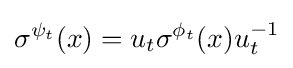
\sigma ^{\psi _{t}}(x)=u_{t}\sigma ^{\phi _{t}}(x)u_{t}^{-1}